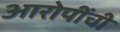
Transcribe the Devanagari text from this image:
आरोपींची